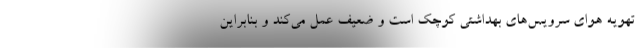
تهویه هوای سرویس‌های بهداشتی کوچک است و ضعیف عمل می‌کند و بنابراین